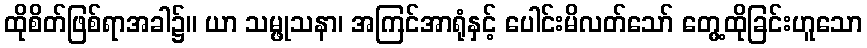
ထိုစိတ်ဖြစ်ရာအခါ၌။ ယာ သမ္ဖုသနာ၊ အကြင်အာရုံနှင့် ပေါင်းမိလတ်သော် တွေ့ထိုခြင်းဟူသော